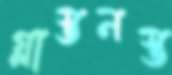
গ্লাস্তনস্ত